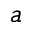
a